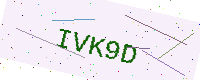
Text: IVK9D